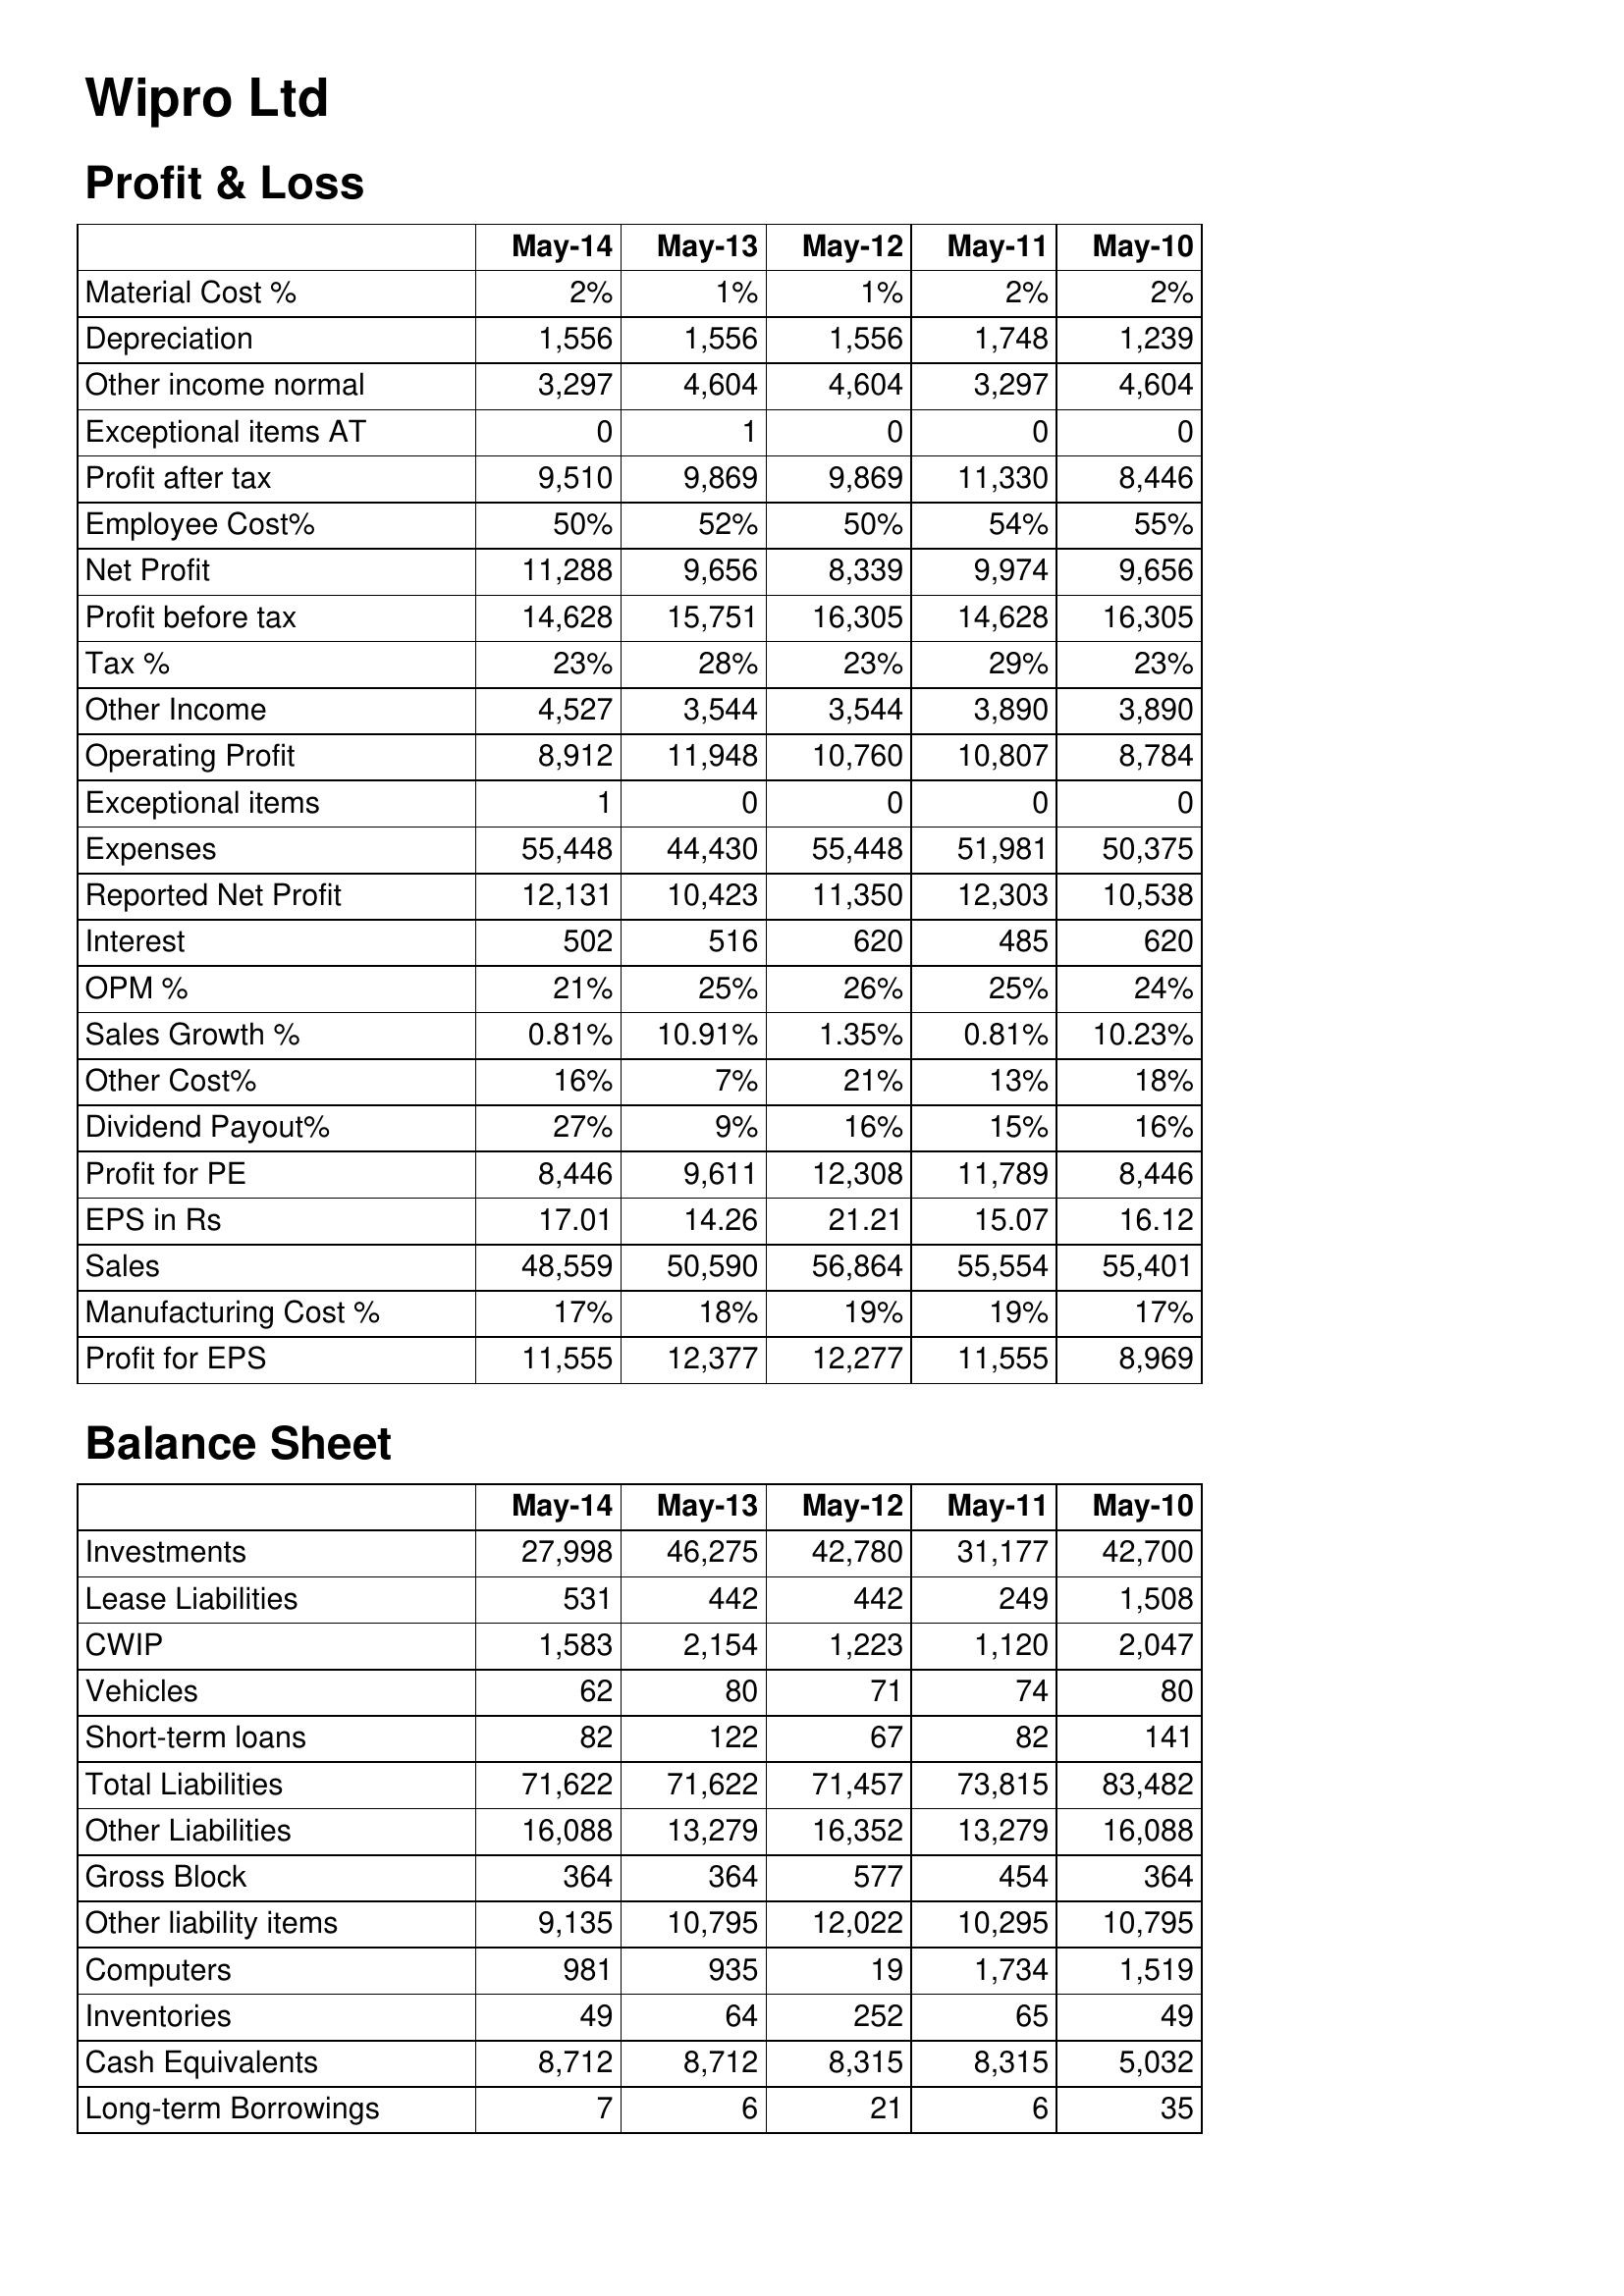
May-14: Profit & Loss: Material Cost %: 2%
Depreciation: 1,556
Other income normal: 3,297
Exceptional items AT: 0
Profit after tax: 9,510
Employee Cost%: 50%
Net Profit: 11,288
Profit before tax: 14,628
Tax %: 23%
Other Income: 4,527
Operating Profit: 8,912
Exceptional items: 1
Expenses: 55,448
Reported Net Profit: 12,131
Interest: 502
OPM %: 21%
Sales Growth %: 0.81%
Other Cost%: 16%
Dividend Payout%: 27%
Profit for PE: 8,446
EPS in Rs: 17.01
Sales: 48,559
Manufacturing Cost %: 17%
Profit for EPS: 11,555
Balance Sheet: Investments: 27,998
Lease Liabilities: 531
CWIP: 1,583
Vehicles: 62
Short-term loans: 82
Total Liabilities: 71,622
Other Liabilities: 16,088
Gross Block: 364
Other liability items: 9,135
Computers: 981
Inventories: 49
Cash Equivalents: 8,712
Long-term Borrowings: 7
May-13: Profit & Loss: Material Cost %: 1%
Depreciation: 1,556
Other income normal: 4,604
Exceptional items AT: 1
Profit after tax: 9,869
Employee Cost%: 52%
Net Profit: 9,656
Profit before tax: 15,751
Tax %: 28%
Other Income: 3,544
Operating Profit: 11,948
Exceptional items: 0
Expenses: 44,430
Reported Net Profit: 10,423
Interest: 516
OPM %: 25%
Sales Growth %: 10.91%
Other Cost%: 7%
Dividend Payout%: 9%
Profit for PE: 9,611
EPS in Rs: 14.26
Sales: 50,590
Manufacturing Cost %: 18%
Profit for EPS: 12,377
Balance Sheet: Investments: 46,275
Lease Liabilities: 442
CWIP: 2,154
Vehicles: 80
Short-term loans: 122
Total Liabilities: 71,622
Other Liabilities: 13,279
Gross Block: 364
Other liability items: 10,795
Computers: 935
Inventories: 64
Cash Equivalents: 8,712
Long-term Borrowings: 6
May-12: Profit & Loss: Material Cost %: 1%
Depreciation: 1,556
Other income normal: 4,604
Exceptional items AT: 0
Profit after tax: 9,869
Employee Cost%: 50%
Net Profit: 8,339
Profit before tax: 16,305
Tax %: 23%
Other Income: 3,544
Operating Profit: 10,760
Exceptional items: 0
Expenses: 55,448
Reported Net Profit: 11,350
Interest: 620
OPM %: 26%
Sales Growth %: 1.35%
Other Cost%: 21%
Dividend Payout%: 16%
Profit for PE: 12,308
EPS in Rs: 21.21
Sales: 56,864
Manufacturing Cost %: 19%
Profit for EPS: 12,277
Balance Sheet: Investments: 42,780
Lease Liabilities: 442
CWIP: 1,223
Vehicles: 71
Short-term loans: 67
Total Liabilities: 71,457
Other Liabilities: 16,352
Gross Block: 577
Other liability items: 12,022
Computers: 19
Inventories: 252
Cash Equivalents: 8,315
Long-term Borrowings: 21
May-11: Profit & Loss: Material Cost %: 2%
Depreciation: 1,748
Other income normal: 3,297
Exceptional items AT: 0
Profit after tax: 11,330
Employee Cost%: 54%
Net Profit: 9,974
Profit before tax: 14,628
Tax %: 29%
Other Income: 3,890
Operating Profit: 10,807
Exceptional items: 0
Expenses: 51,981
Reported Net Profit: 12,303
Interest: 485
OPM %: 25%
Sales Growth %: 0.81%
Other Cost%: 13%
Dividend Payout%: 15%
Profit for PE: 11,789
EPS in Rs: 15.07
Sales: 55,554
Manufacturing Cost %: 19%
Profit for EPS: 11,555
Balance Sheet: Investments: 31,177
Lease Liabilities: 249
CWIP: 1,120
Vehicles: 74
Short-term loans: 82
Total Liabilities: 73,815
Other Liabilities: 13,279
Gross Block: 454
Other liability items: 10,295
Computers: 1,734
Inventories: 65
Cash Equivalents: 8,315
Long-term Borrowings: 6
May-10: Profit & Loss: Material Cost %: 2%
Depreciation: 1,239
Other income normal: 4,604
Exceptional items AT: 0
Profit after tax: 8,446
Employee Cost%: 55%
Net Profit: 9,656
Profit before tax: 16,305
Tax %: 23%
Other Income: 3,890
Operating Profit: 8,784
Exceptional items: 0
Expenses: 50,375
Reported Net Profit: 10,538
Interest: 620
OPM %: 24%
Sales Growth %: 10.23%
Other Cost%: 18%
Dividend Payout%: 16%
Profit for PE: 8,446
EPS in Rs: 16.12
Sales: 55,401
Manufacturing Cost %: 17%
Profit for EPS: 8,969
Balance Sheet: Investments: 42,700
Lease Liabilities: 1,508
CWIP: 2,047
Vehicles: 80
Short-term loans: 141
Total Liabilities: 83,482
Other Liabilities: 16,088
Gross Block: 364
Other liability items: 10,795
Computers: 1,519
Inventories: 49
Cash Equivalents: 5,032
Long-term Borrowings: 35